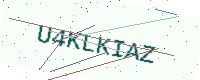
Text: U4KLKIAZ